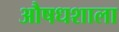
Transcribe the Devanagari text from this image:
औषधशाला